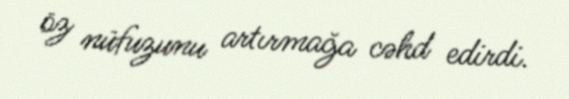
öz nüfuzunu artırmağa cəhd edirdi.